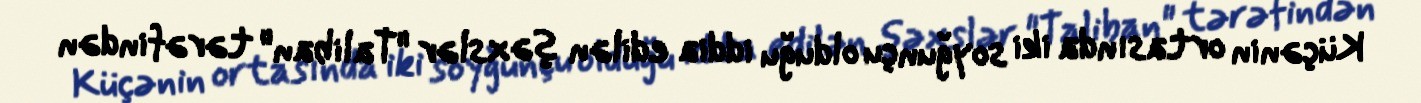
Küçənin ortasında iki soyğunçu olduğu iddia edilən şəxslər "Taliban" tərəfindən